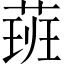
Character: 𦶾